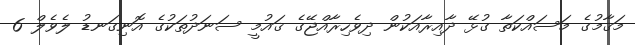
މަޤާމުގެ މަސައްކަތާ ގުޅޭ ދާއިރާއަކުން ދިވެހިރާއްޖޭގެ ޤައުމީ ސަނަދުތަކުގެ އޮނިގަނޑު ލެވެލް 6